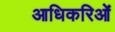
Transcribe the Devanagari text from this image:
आधिकरिओं